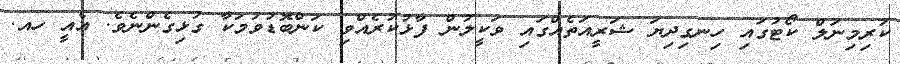
ކުރިމިނަލް ކޯޓުގައި ހިނގިދިޔަ ޝަރީއަތެއްގައި ވަކީލުން ފާޅުކުރެއްވި ކަންބޮޑުވުމަކާ ގުޅިގެންނެވެ. އެއީ ހއ.